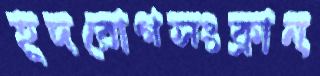
হূদরোগসংক্রান্